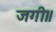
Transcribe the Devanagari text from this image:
जगी॥